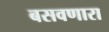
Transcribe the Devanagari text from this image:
बसवणारा